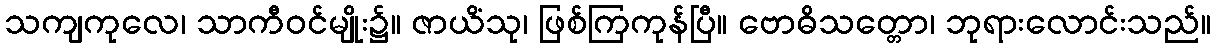
သကျကုလေ၊ သာကီဝင်မျိုး၌။ ဇာယိံသု၊ ဖြစ်ကြကုန်ပြီ။ ဗောဓိသတ္တော၊ ဘုရားလောင်းသည်။